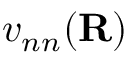
v _ { n n } ( { \bf R } )